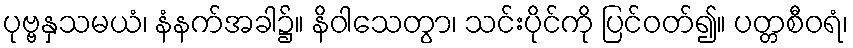
ပုဗ္ဗနှသမယံ၊ နံနက်အခါ၌။ နိဝါသေတွာ၊ သင်းပိုင်ကို ပြင်ဝတ်၍။ ပတ္တစီဝရံ၊